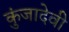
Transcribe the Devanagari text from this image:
कुंजादेवी